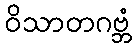
ဝိသာတဂဗ္ဘံ